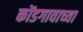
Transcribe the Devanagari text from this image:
कोंडगावाच्या